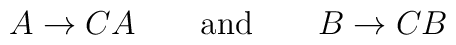
A\rightarrow CA \qquad {\mathrm{and}}\qquad B\rightarrow CB